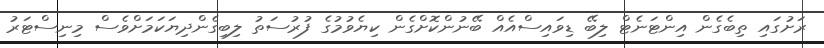
ރަށުގައި ތިބެގެން އިންޓަނެޓް ލިބޭ ޑިވައިސްއެއް ބޭނުންކޮށްގެން ކިޔެވުމުގެ ފުރުސަތު ލިބިގެންދިޔަކަމަށްވެސް މިނިސްޓަރު